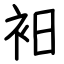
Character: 衵